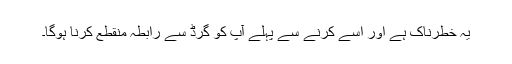
یہ خطرناک ہے اور اسے کرنے سے پہلے آپ کو گرڈ سے رابطہ منقطع کرنا ہوگا۔